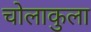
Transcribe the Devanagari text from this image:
चोलाकुला